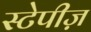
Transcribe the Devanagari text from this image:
स्टेपीज़